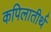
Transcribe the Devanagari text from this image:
कपिलातीर्थ